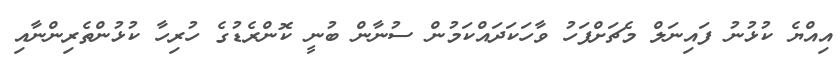
އިއްޔެ ކުޅުނު ފައިނަލް މެޗަށްފަހު ވާހަކަދައްކަމުން ސުނާން ބުނީ ކޮންރެޑުގެ ހުރިހާ ކުޅުންތެރިންނާއި